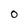
Character: O